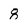
Character: 8